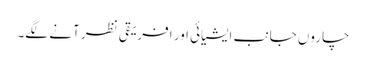
چاروں جانب ایشیائی اور افریقی نظر آنے لگے۔